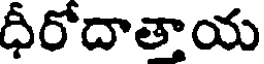
ధీరోదాత్తాయ